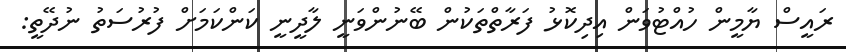
ރައީސް ޔާމީން ހުއްޓުވަން އިދިކޮޅު ފަރާތްތަކުން ބޭނުންވަނީ ލާދީނީ ކަންކަމަށް ފުރުސަތު ނުދޭތީ: